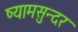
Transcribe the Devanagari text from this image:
ष्यामसुन्दर